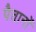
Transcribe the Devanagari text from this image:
पैतानों